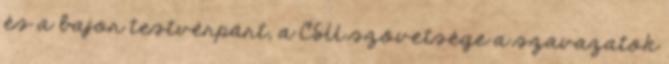
és a bajor testvérpárt, a CSU szövetsége a szavazatok